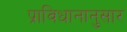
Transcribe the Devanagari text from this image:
प्राविधानानुसार